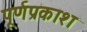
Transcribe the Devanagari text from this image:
पूर्णप्रकाश